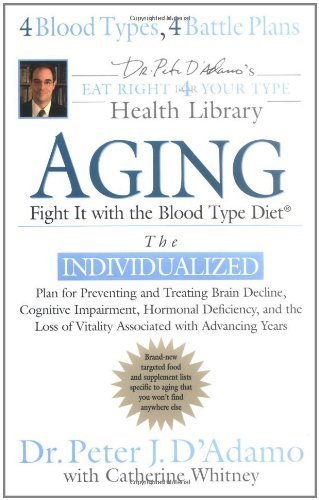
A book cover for Aging: Fight it w/ the Blood Type Diet (Eat Right 4 Your Type Health Library) Hardcover December 29, 2005; Dr. Peter J., Whitney, Catherine D'Adamo; Health, Fitness & Dieting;